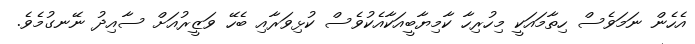
އެހެން ނަމަވެސް ހިތާމައަކީ މިހުރިހާ ކާމިޔާބީއަކާއެކުވެސް ކުޅިވަރާއި ބެހޭ ވަޒީރުއަށް ސާއިދު ނޭނގުމެވެ.